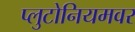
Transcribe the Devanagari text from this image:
प्लुटोनियमवर